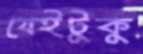
যেইটুকু